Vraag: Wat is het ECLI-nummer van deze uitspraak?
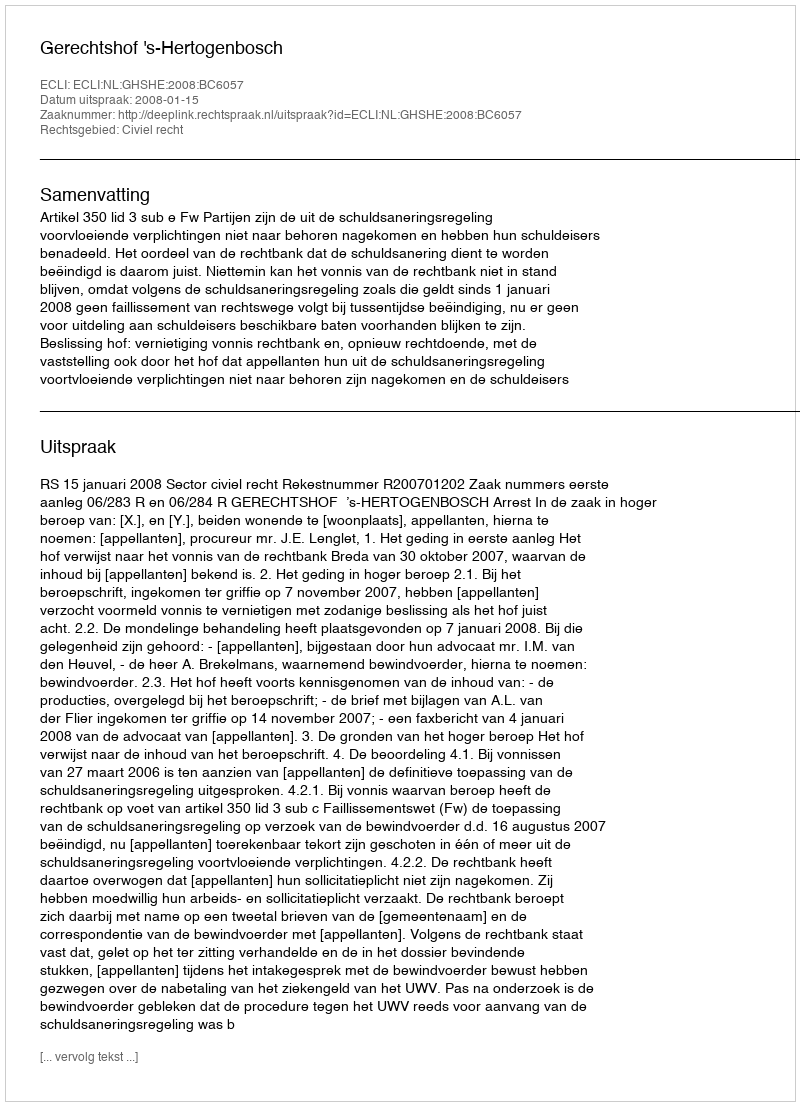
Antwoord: ECLI:NL:GHSHE:2008:BC6057